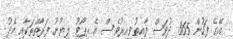
އޭގެ ފަހުން 365 ދުވަސް ފާއިތުވިއިރުވެސް އެ ރިޕޯޓު ލިޔުނު ފަރާތްތަކާއި މެދު